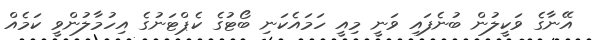
އޭނާގެ ވަކީލުން ބުނެފައި ވަނީ މިއީ ހަމައެކަނި ބޯޓުގެ ކެޕްޓަނުގެ އިހުމާލުންވީ ކަމެއް